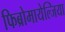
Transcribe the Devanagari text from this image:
फिब्रोमायेल्जिया